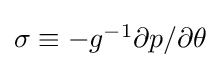
{\textstyle \sigma \equiv -g^{-1}\partial p/\partial \theta }